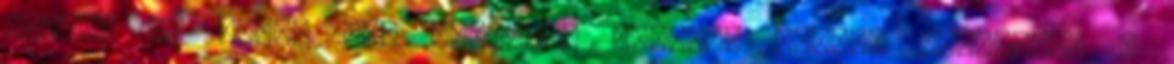
írható le angol ABC betűivel angolul MATYAS SZELECZKY .